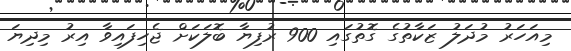
މިއަހަރު މުދަލު ޒަކާތުގެ ގޮތުގައި 900 ރުފިޔާ ބޮލަކަށް ޖެހިފައިވާ އިރު މިދިޔަ